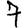
Digit: 7